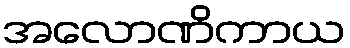
အလောဏိကာယ